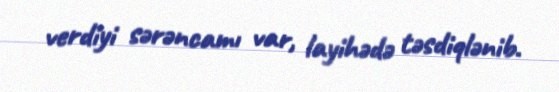
verdiyi sərəncamı var, layihədə təsdiqlənib.